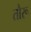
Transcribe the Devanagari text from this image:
तौरू